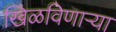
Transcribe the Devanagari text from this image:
खिळविणार्‍या